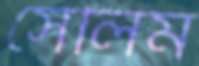
সেলিম